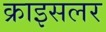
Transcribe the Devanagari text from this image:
क्राइसलर